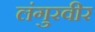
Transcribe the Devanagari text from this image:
लंगुरवीर